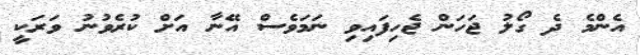
އެންމެ ދެ ގޯލު ޖަހަން ޖެހިފައިވި ނަމަވެސް އޭނާ އަށް ކުރެވުނު ވަރަކީ